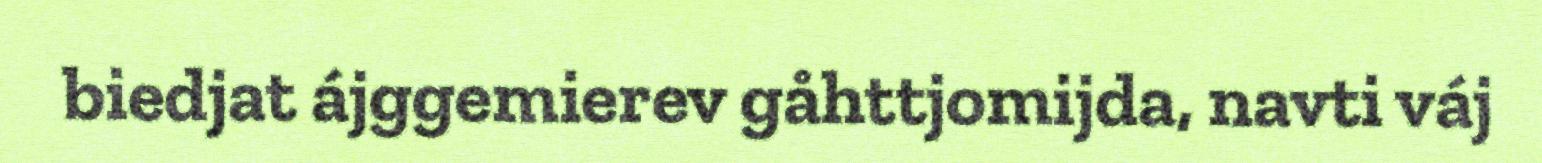
biedjat ájggemierev gåhttjomijda, navti váj